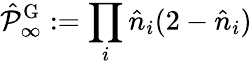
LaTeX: \hat{\mathcal{P}}_{\infty}^{\mathrm{G}}:=\prod_{i}\hat{n}_{i}(2-\hat{n}_{i})